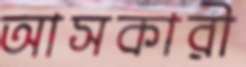
আসকারী